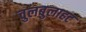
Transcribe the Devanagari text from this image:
चुलबुलाहट